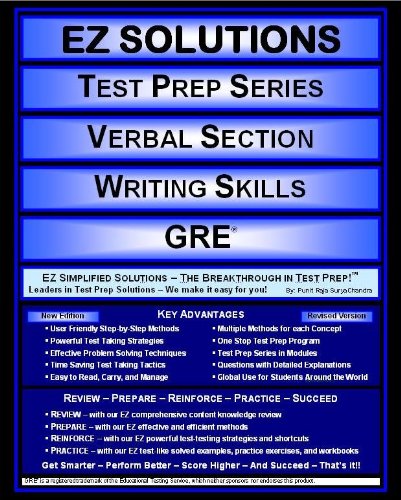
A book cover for EZ Solutions - Test Prep Series - Verbal Section - Writing Skills - GRE (Edition: Updated. Version: Revised. 2015) (Ez Test Prep); Punit Raja SuryaChandra; Test Preparation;